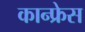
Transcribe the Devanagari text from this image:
कान्फ्रेस